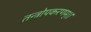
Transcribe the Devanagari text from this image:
तन्त्रोपकरणम्।।